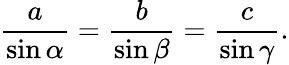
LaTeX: {\frac{a}{\sin\alpha}}={\frac{b}{\sin\beta}}={\frac{c}{\sin\gamma}}.